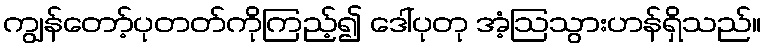
ကျွန်တော့်ပုတတ်ကိုကြည့်၍ ဒေါ်ပုတု အံ့ဩသွားဟန်ရှိသည်။